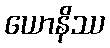
ယောနိဿ